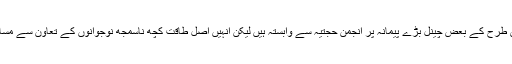
آپ نے مزید کہا: اگرچہ اس طرح کے بعض چینل بڑے پیمانہ پر انجمن حجتیہ سے وابستہ ہیں لیکن انہیں اصل طاقت کچھ ناسمجھ نوجوانوں کے تعاون سے مساجد میں داخلہ سے ملتی ہے۔